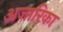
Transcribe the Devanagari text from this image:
अजारिका